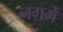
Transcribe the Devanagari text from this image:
नग़में